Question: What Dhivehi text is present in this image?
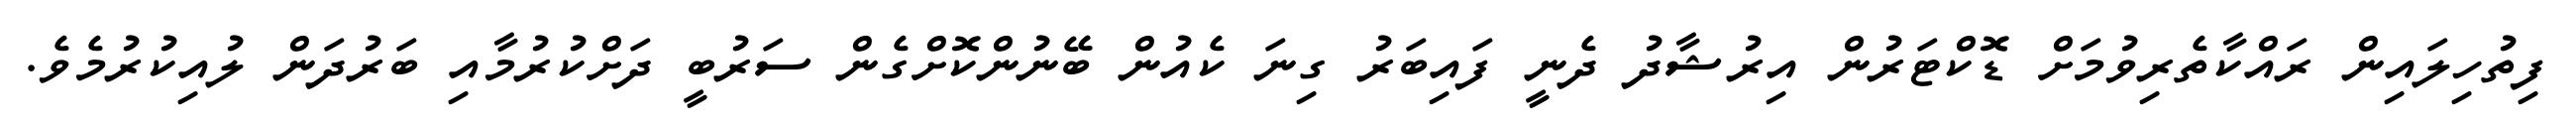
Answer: ފިތުހިލައިން ރައްކާތެރިވުމަށް ޑޮކްޓަރުން އިރުޝާދު ދެނީ ފައިބަރު ގިނަ ކެއުން ބޭނުންކޮށްގެން ސަރުބީ ދަށްކުރުމާއި ބަރުދަން ލުއިކުރުމެވެ.